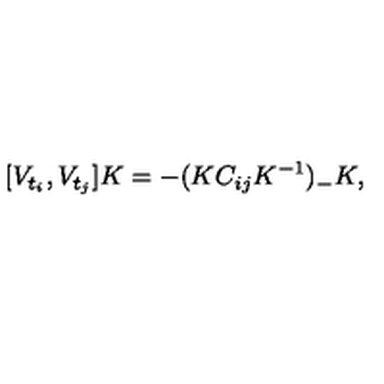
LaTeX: [ V _ { t _ { i } } , V _ { t _ { j } } ] K = - ( K C _ { i j } K ^ { - 1 } ) _ { - } K ,